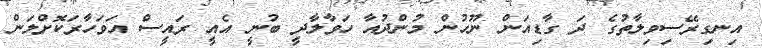
އިނގިރޭސިވިލާތުގެ ދަ ގާޑިއަން ނޫހުން މުންދުއާ ހަވާލާދީ ބުނީ އެއީ ރައީސް އަވަހާރަކޮށްލަން